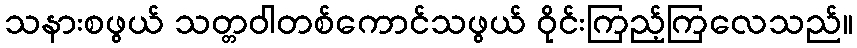
သနားစဖွယ် သတ္တဝါတစ်ကောင်သဖွယ် ဝိုင်းကြည့်ကြလေသည်။